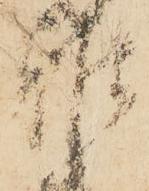
雅